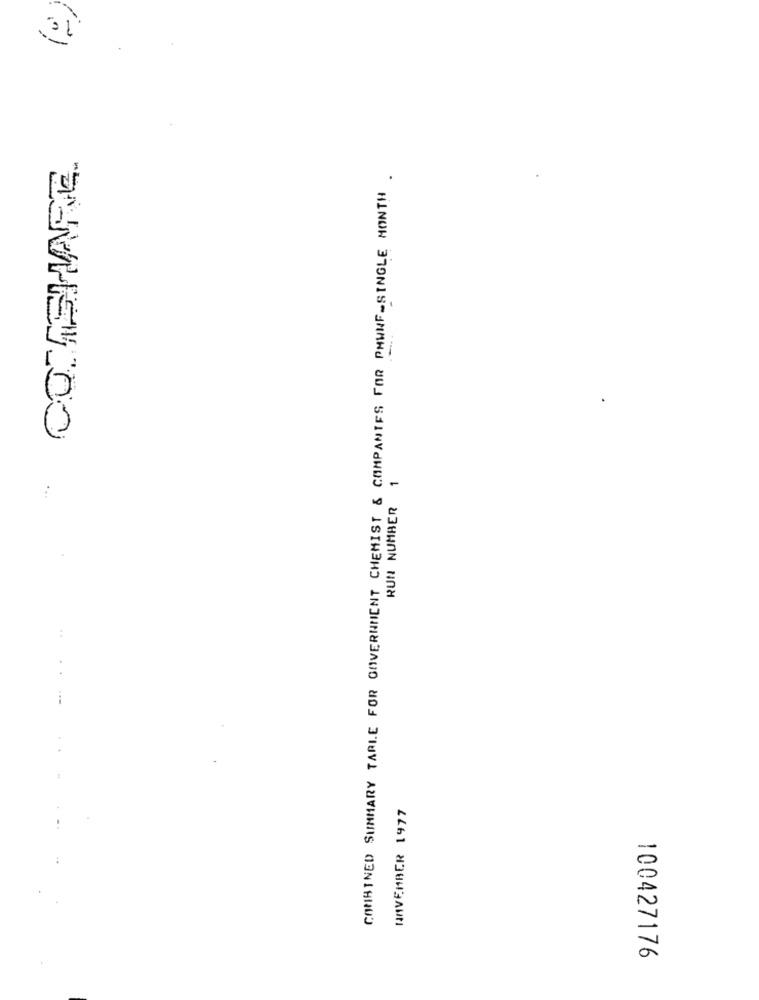
COMBINED SUMMARY TARLE FOR GOVERNMENT CHEMIST & COMPANIES FOR PHWNF-SINGLE MONTH .
ENVHETLOO
RUN NUMBER 1
...
NOVEMBER 1977
100427176